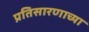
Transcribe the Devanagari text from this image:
प्रतिसारणाच्या